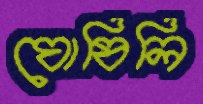
ঘোষিলি